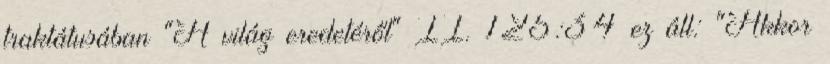
traktátusában "A világ eredetéről" II. 125:34 ez áll: "Akkor